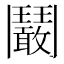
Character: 鬫